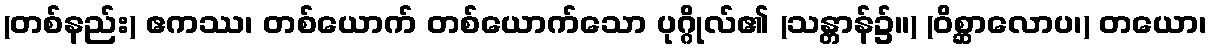
(တစ်နည်း) ဧကဿ၊ တစ်ယောက် တစ်ယောက်သော ပုဂ္ဂိုလ်၏ (သန္တာန်၌။) (ဝိစ္ဆာလောပ၊) တယော၊